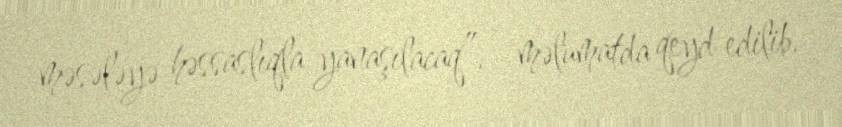
məsələyə həssaslıqla yanaşılacaq”, - məlumatda qeyd edilib.